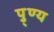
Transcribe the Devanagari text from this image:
पु्ण्य